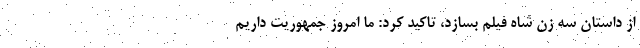
از داستان سه زن شاه فیلم بسازد، تاکید کرد: ما امروز جمهوریت داریم